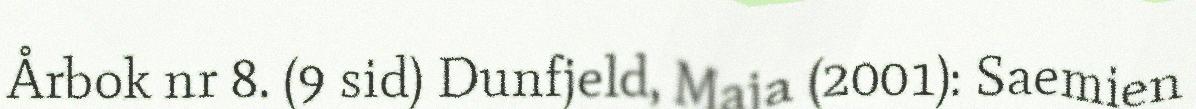
Årbok nr 8. (9 sid) Dunfjeld, Maja (2001): Saemien